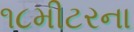
૧૮મીટરના